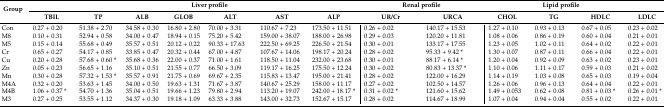
<table><thead><tr><td rowspan="2"><b>Group</b></td><td colspan="8"><b>Liver profile</b></td><td colspan="2"><b>Renal profile</b></td><td colspan="5"><b>Lipid profile</b></td></tr><tr><td><b>TBIL</b></td><td><b>TP</b></td><td><b>ALB</b></td><td><b>GLOB</b></td><td><b>ALT</b></td><td><b>AST</b></td><td><b>ALP</b></td><td colspan="2"><b>UR/Cr</b></td><td colspan="2"><b>URCA</b></td><td><b>CHOL</b></td><td><b>TG</b></td><td><b>HDLC</b></td><td><b>LDLC</b></td></tr></thead><tbody><tr><td>Con</td><td>0.27 + 0.20</td><td>51.38 + 2.70</td><td>34.58 + 0.30</td><td>16.80 + 2.80</td><td>70.00 + 3.31</td><td>110.67 + 7.23</td><td>173.50 + 11.51</td><td colspan="2">0.26 + 0.02</td><td colspan="2">140.17 + 15.53</td><td>1.27 + 0.10</td><td>0.93 + 0.13</td><td>0.67 + 0.05</td><td>0.23 + 0.02</td></tr><tr><td>M8</td><td>0.10 + 0.31</td><td>52.94 + 0.58</td><td>34.00 + 0.47</td><td>18.94 + 0.15</td><td>75.20 + 5.42</td><td>159.00 + 38.07</td><td>188.00 + 26.98</td><td colspan="2">0.29 + 0.03</td><td colspan="2">120.20 + 11.81</td><td>1.08 + 0.06</td><td>0.86 + 0.19</td><td>0.60 + 0.04</td><td>0.21 + 0.01</td></tr><tr><td>M5</td><td>0.15 + 0.14</td><td>55.68 + 0.49</td><td>35.57 + 0.51</td><td>20.12 + 0.22</td><td>90.33 + 17.63</td><td>222.50 + 69.25</td><td>226.50 + 21.54</td><td colspan="2">0.30 + 0.01</td><td colspan="2">133.17 + 17.55</td><td>1.23 + 0.05</td><td>1.02 + 0.11</td><td>0.64 + 0.02</td><td>0.22 + 0.01</td></tr><tr><td>Cr</td><td>0.65 + 0.27</td><td>54.17 + 0.85</td><td>33.85 + 0.47</td><td>20.32 + 0.44</td><td>67.00 + 4.87</td><td>107.67 + 14.06</td><td>198.17 + 20.24</td><td colspan="2">0.28 + 0.02</td><td colspan="2">95.33 + 9.42 *</td><td>1.30 + 0.07</td><td>0.87 + 0.11</td><td>0.66 + 0.04</td><td>0.22 + 0.01</td></tr><tr><td>Cu</td><td>0.20 + 0.28</td><td>57.68 + 0.60 *</td><td>35.68 + 0.36</td><td>22.00 + 0.37</td><td>71.00 + 1.61</td><td>118.50 + 11.04</td><td>232.00 + 23.68</td><td colspan="2">0.30 + 0.01</td><td colspan="2">88.17 + 6.14 *</td><td>1.20 + 0.04</td><td>0.92 + 0.09</td><td>0.63 + 0.02</td><td>0.23 + 0.01</td></tr><tr><td>Zn</td><td>0.05 + 0.23</td><td>56.65 + 1.16</td><td>35.10 + 0.51</td><td>21.55 + 0.77</td><td>66.50 + 3.09</td><td>119.17 + 16.25</td><td>175.50 + 12.24</td><td colspan="2">0.30 + 0.02</td><td colspan="2">80.83 + 13.37 *</td><td>1.10 + 0.06</td><td>1.11 + 0.17</td><td>0.59 + 0.03</td><td>0.21 + 0.02</td></tr><tr><td>Mn</td><td>0.30 + 0.28</td><td>57.32 + 1.53 *</td><td>35.57 + 0.91</td><td>21.75 + 0.69</td><td>69.67 + 2.35</td><td>115.83 + 13.47</td><td>195.00 + 21.41</td><td colspan="2">0.28 + 0.02</td><td colspan="2">122.00 + 16.29</td><td>1.14 + 0.19</td><td>1.03 + 0.08</td><td>0.65 + 0.03</td><td>0.19 + 0.04</td></tr><tr><td>M4A</td><td>0.32 + 0.20</td><td>53.63 + 1.45</td><td>34.00 + 0.50</td><td>19.63 + 1.31</td><td>71.67 + 3.87</td><td>140.67 + 25.29</td><td>158.00 + 11.17</td><td colspan="2">0.27 + 0.02</td><td colspan="2">102.50 + 14.57</td><td>1.26 + 0.06</td><td>0.96 + 0.13</td><td>0.64 + 0.04</td><td>0.22 + 0.01</td></tr><tr><td>M4B</td><td>1.06 + 0.37 *</td><td>54.70 + 1.36</td><td>35.04 + 0.51</td><td>19.66 + 1.23</td><td>79.80 + 2.94</td><td>113.20 + 19.07</td><td>242.00 + 18.17 *</td><td colspan="2">0.31 + 0.02 *</td><td colspan="2">121.60 + 15.62</td><td>1.49 + 0.053</td><td>0.62 + 0.08</td><td>0.81 + 0.03 *</td><td>0.26 + 0.01 *</td></tr><tr><td>M3</td><td>0.27 + 0.25</td><td>53.55 + 1.12</td><td>34.37 + 0.30</td><td>19.18 + 1.09</td><td>63.33 + 3.88</td><td>143.00 + 32.73</td><td>152.67 + 15.17</td><td colspan="2">0.28 + 0.02</td><td colspan="2">114.67 + 18.99</td><td>1.07 + 0.04</td><td>0.94 + 0.04</td><td>0.55 + 0.02</td><td>0.22 + 0.01</td></tr></tbody></table>